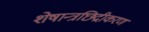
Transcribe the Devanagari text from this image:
शेषान्त्रछिद्रीकरण